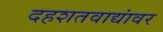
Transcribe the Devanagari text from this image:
दहशतवाद्यांवर